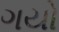
ગયો